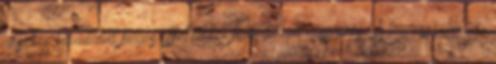
részben bemutatott fingós effektekkel felturbózott hasmenés. “A legrosszabb az,